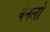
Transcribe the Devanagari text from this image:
वेनलो